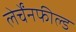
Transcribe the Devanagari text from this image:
लेर्चेंनफील्ड